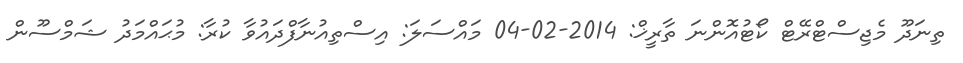
ތިނަދޫ މެޖިސްޓްރޭޓް ކޯޓުއޮންނަ ތާރީޚް: 2014-02-04 މައްސަލަ: އިސްތިއުނާފްދައުވާ ކުރާ: މުޙައްމަދު ޝަމްސޫން